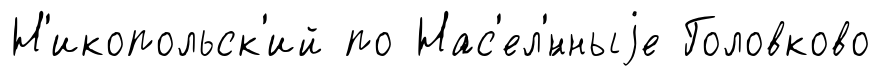
Н'икопольск'ий по Нас'ел'́нныjе Головково